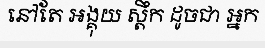
នៅតែ អង្គុយ ស្តឹក ដូចជា អ្នក